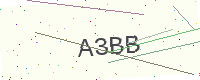
Text: A3BB